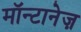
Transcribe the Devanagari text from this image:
मॉन्टानेज़